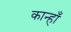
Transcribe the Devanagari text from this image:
कान्हाँ